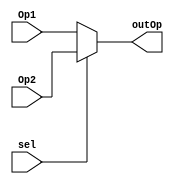
module Mux2_1_5(
	input  sel,
	input [4:0] Op1,
	input [4:0] Op2,
	output reg [4:0]outOp
);

always @ (*)
	begin 
		if(sel)
			outOp=Op2;
		else
			outOp=Op1;
	end
endmodule